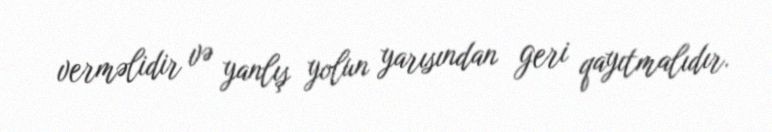
verməlidir və yanlış yolun yarısından geri qayıtmalıdır.